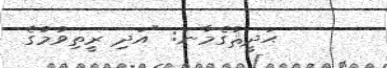
ޙަދީޘުގެމާނަ: "އަދި ރީތިވުމުގެ